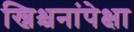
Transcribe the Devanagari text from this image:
ख्रिश्चनांपेक्षा